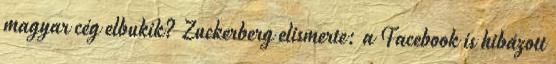
magyar cég elbukik? Zuckerberg elismerte: a Facebook is hibázott